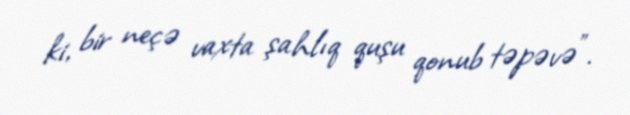
ki, bir neçə vaxta şahlıq quşu qonub təpəvə".